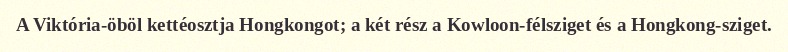
A Viktória-öböl kettéosztja Hongkongot; a két rész a Kowloon-félsziget és a Hongkong-sziget.